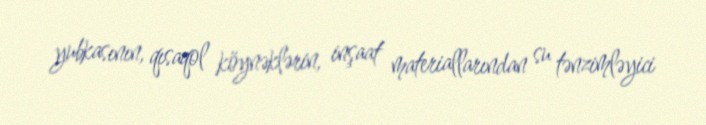
yubkasının, qısaqol köynəklərin, inşaat materiallarından su tənzimləyici